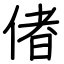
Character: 偖